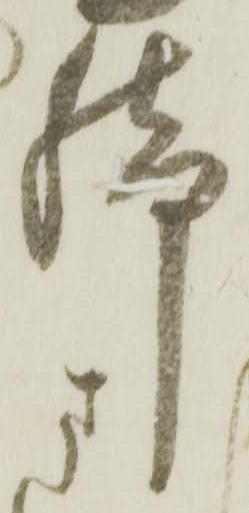
脚